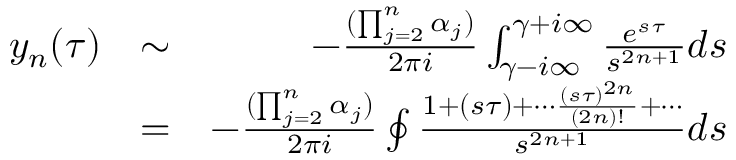
\begin{array} { r l r } { y _ { n } ( \tau ) } & { \sim } & { - \frac { ( \prod _ { j = 2 } ^ { n } \alpha _ { j } ) } { 2 \pi i } \int _ { \gamma - i \infty } ^ { \gamma + i \infty } \frac { e ^ { s \tau } } { s ^ { 2 n + 1 } } d s } \\ & { = } & { - \frac { ( \prod _ { j = 2 } ^ { n } \alpha _ { j } ) } { 2 \pi i } \oint \frac { 1 + ( s \tau ) + \cdots \frac { ( s \tau ) ^ { 2 n } } { ( 2 n ) ! } + \cdots } { s ^ { 2 n + 1 } } d s } \end{array}